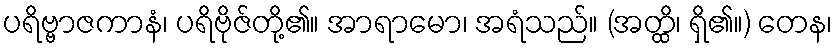
ပရိဗ္ဗာဇကာနံ၊ ပရိဗိုဇ်တို့၏။ အာရာမော၊ အရံသည်။ (အတ္ထိ၊ ရှိ၏။) တေန၊